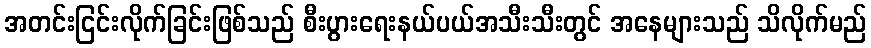
အတင်းငြင်းလိုက်ခြင်းဖြစ်သည် စီးပွားရေးနယ်ပယ်အသီးသီးတွင် အနေများသည် သိလိုက်မည်